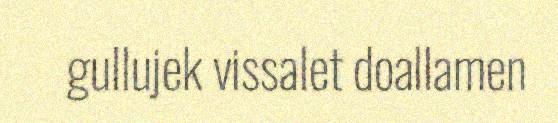
gullujek vissalet doallamen